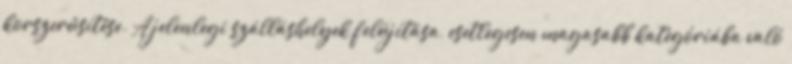
korszerűsítése. A jelenlegi szálláshelyek felújítása, esetlegesen magasabb kategóriába való